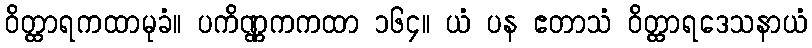
ဝိတ္ထာရကထာမုခံ။ ပကိဏ္ဏကကထာ ၁၆၄။ ယံ ပန ဧတာသံ ဝိတ္ထာရဒေသနာယံ